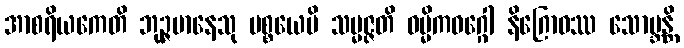
အာစရိယကေတိ ဘုဉ္ဇမာနေသု ပစ္စယေပိ သမ္မဇ္ဇတိ ဓမ္မိကဝဂ္ဂေါ နိဂြောဓဿ သောဗ္ဘန္တိ